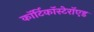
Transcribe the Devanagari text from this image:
कॉर्टिकॉस्टेरॉएड